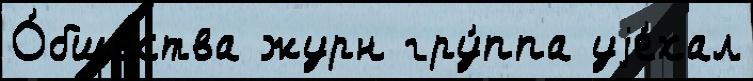
О́бщества журн гру́ппа уjе́хал